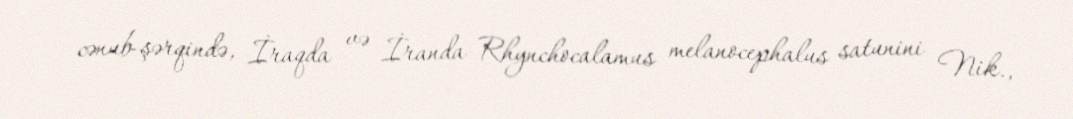
cənub-şərqində, İraqda və İranda Rhynchocalamus melanocephalus satunini Nik.,